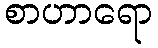
စာဟာရော